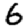
Digit: 6